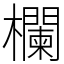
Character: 欄